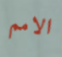
الامم